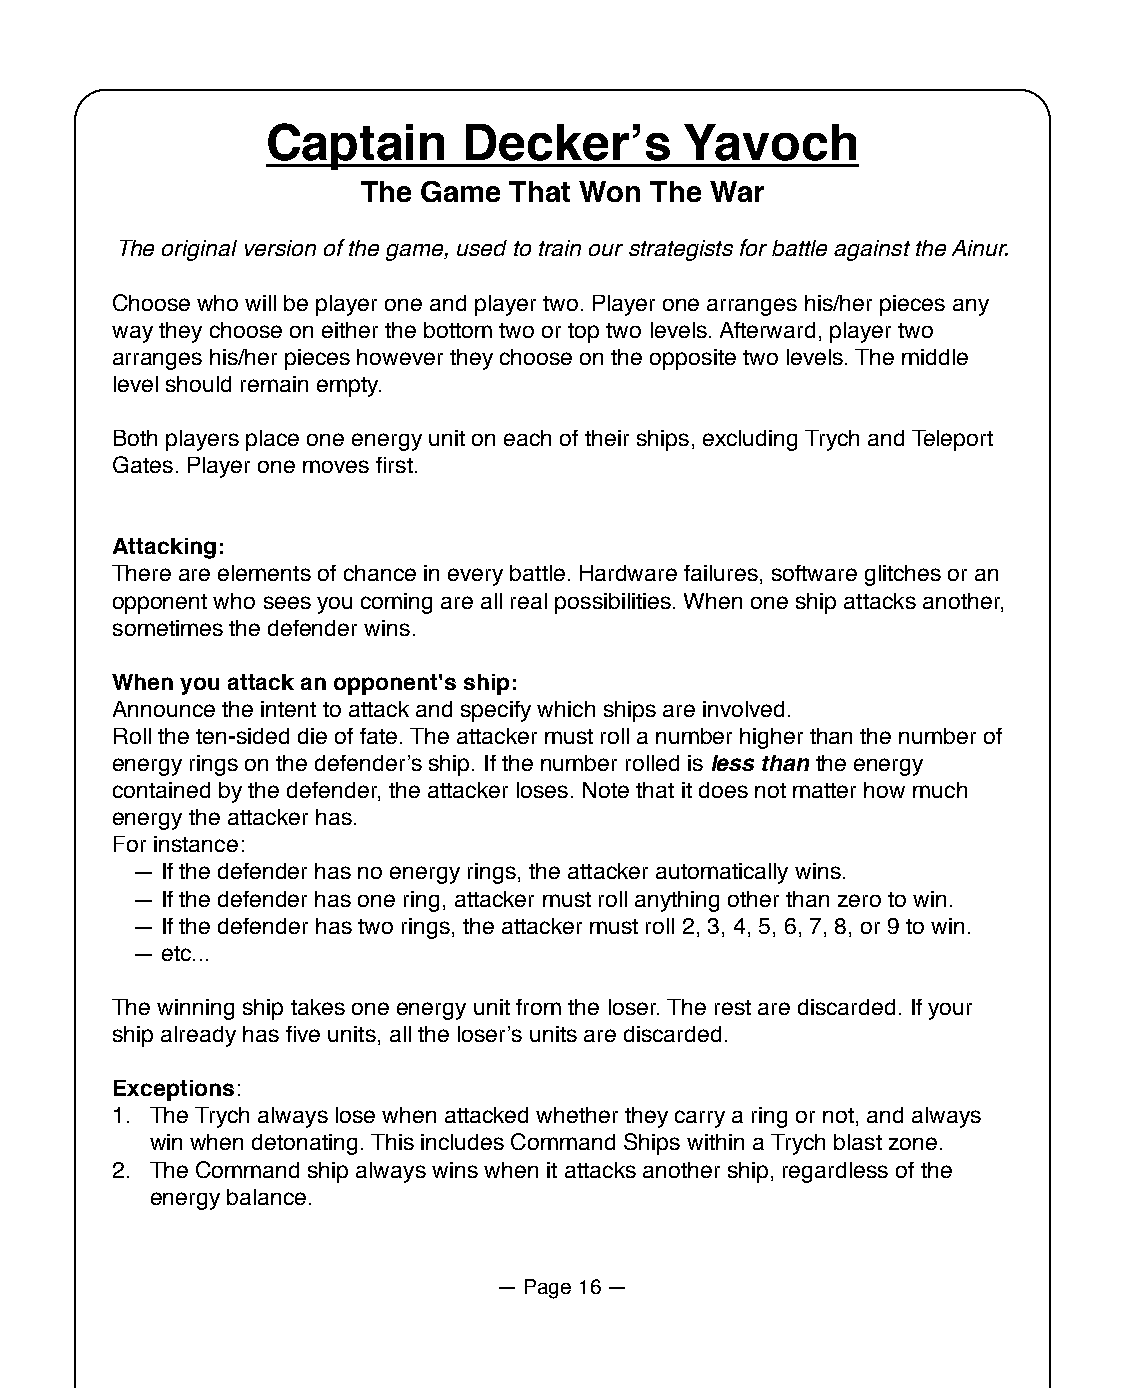
Captain      Deckerʼs      Yavoch
 The Game  That Won The War
 The original version of the game, used to train our strategists for battle against the Ainur.
 Choose who will be player one and player two. Player one arranges his/her pieces any
 way they choose on either the bottom two or top two levels. Afterward, player two
 arranges his/her pieces however they choose on the opposite two levels. The middle
 level should remain empty.
 Both players place one energy unit on each of their ships, excluding Trych and Teleport
 Gates. Player one moves first.
 Attacking:
 There are elements of chance in every battle. Hardware failures, software glitches or an
 opponent who sees you coming are all real possibilities. When one ship attacks another,
 sometimes the defender wins.
 When you attack an opponent's ship:
 Announce the intent to attack and specify which ships are involved.
 Roll the ten-sided die of fate. The attacker must roll a number higher than the number of
 energy rings on the defenderʼs ship. If the number rolled is less than the energy
 contained by the defender, the attacker loses. Note that it does not matter how much
 energy the attacker has.
 For instance:
 — If the defender has no energy rings, the attacker automatically wins.
 — If the defender has one ring, attacker must roll anything other than zero to win.
 — If the defender has two rings, the attacker must roll 2, 3, 4, 5, 6, 7, 8, or 9 to win.
 — etc...
 The winning ship takes one energy unit from the loser. The rest are discarded. If your
 ship already has five units, all the loserʼs units are discarded.
 Exceptions:
 1. The Trych always lose when attacked whether they carry a ring or not, and always
 win when detonating. This includes Command Ships within a Trych blast zone.
 2. The Command ship always wins when it attacks another ship, regardless of the
 energy balance.
 — Page 16 —